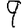
Digit: 9